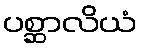
ပစ္ဆာလိယံ